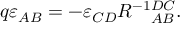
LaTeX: q \varepsilon _ { A B } = - \varepsilon _ { C D } R _ { \; \; \; \; \; A B } ^ { - 1 D C } .